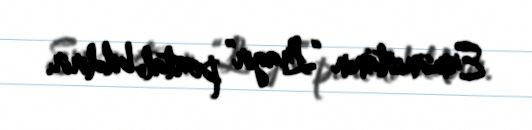
Ermənistanın “Lragir” portalı bildirir.